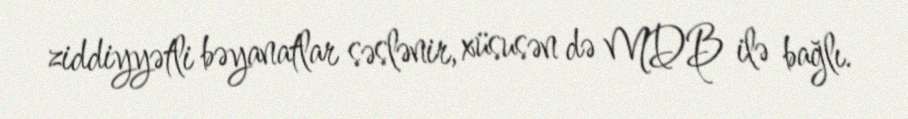
ziddiyyətli bəyanatlar səslənir, xüsusən də MDB ilə bağlı.